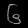
Digit: ၆